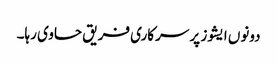
دونوں ایشوز پر سرکاری فریق حاوی رہا۔